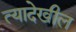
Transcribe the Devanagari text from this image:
त्यादेखील